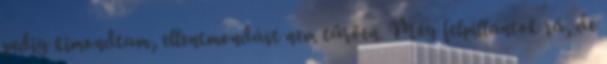
pedig kimondtam, ellentmondást nem tűrően. Még felpillantok rá, de